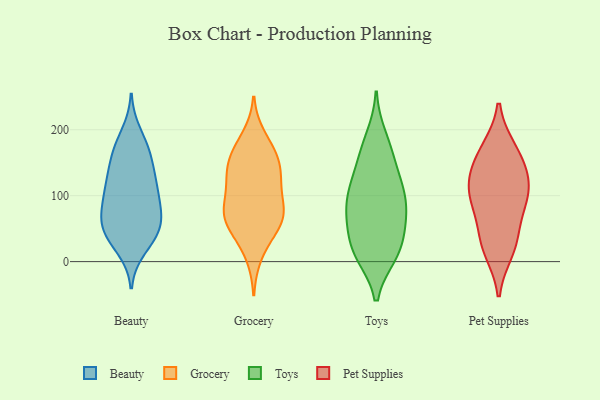
{"axis": {"x": "Tickets Resolved", "y": "Value"}, "legend": ["Beauty", "Grocery", "Pet Supplies", "Toys"], "data": [{"x": "", "y": 38, "type": "Beauty"}, {"x": "", "y": 84, "type": "Beauty"}, {"x": "", "y": 145, "type": "Beauty"}, {"x": "", "y": 68, "type": "Beauty"}, {"x": "", "y": 106, "type": "Beauty"}, {"x": "", "y": 61, "type": "Beauty"}, {"x": "", "y": 37, "type": "Beauty"}, {"x": "", "y": 126, "type": "Beauty"}, {"x": "", "y": 167, "type": "Beauty"}, {"x": "", "y": 20, "type": "Beauty"}, {"x": "", "y": 172, "type": "Beauty"}, {"x": "", "y": 166, "type": "Beauty"}, {"x": "", "y": 59, "type": "Beauty"}, {"x": "", "y": 39, "type": "Beauty"}, {"x": "", "y": 126, "type": "Beauty"}, {"x": "", "y": 54, "type": "Beauty"}, {"x": "", "y": 116, "type": "Beauty"}, {"x": "", "y": 194, "type": "Beauty"}, {"x": "", "y": 82, "type": "Beauty"}, {"x": "", "y": 101, "type": "Beauty"}, {"x": "", "y": 65, "type": "Grocery"}, {"x": "", "y": 73, "type": "Grocery"}, {"x": "", "y": 189, "type": "Grocery"}, {"x": "", "y": 129, "type": "Grocery"}, {"x": "", "y": 10, "type": "Grocery"}, {"x": "", "y": 85, "type": "Grocery"}, {"x": "", "y": 150, "type": "Grocery"}, {"x": "", "y": 123, "type": "Grocery"}, {"x": "", "y": 127, "type": "Grocery"}, {"x": "", "y": 168, "type": "Grocery"}, {"x": "", "y": 41, "type": "Grocery"}, {"x": "", "y": 96, "type": "Grocery"}, {"x": "", "y": 167, "type": "Grocery"}, {"x": "", "y": 64, "type": "Grocery"}, {"x": "", "y": 57, "type": "Grocery"}, {"x": "", "y": 71, "type": "Grocery"}, {"x": "", "y": 144, "type": "Grocery"}, {"x": "", "y": 14, "type": "Toys"}, {"x": "", "y": 166, "type": "Toys"}, {"x": "", "y": 57, "type": "Toys"}, {"x": "", "y": 121, "type": "Toys"}, {"x": "", "y": 94, "type": "Toys"}, {"x": "", "y": 10, "type": "Toys"}, {"x": "", "y": 163, "type": "Toys"}, {"x": "", "y": 15, "type": "Toys"}, {"x": "", "y": 80, "type": "Toys"}, {"x": "", "y": 38, "type": "Toys"}, {"x": "", "y": 11, "type": "Toys"}, {"x": "", "y": 130, "type": "Toys"}, {"x": "", "y": 60, "type": "Toys"}, {"x": "", "y": 76, "type": "Toys"}, {"x": "", "y": 95, "type": "Toys"}, {"x": "", "y": 112, "type": "Toys"}, {"x": "", "y": 189, "type": "Toys"}, {"x": "", "y": 88, "type": "Pet Supplies"}, {"x": "", "y": 113, "type": "Pet Supplies"}, {"x": "", "y": 91, "type": "Pet Supplies"}, {"x": "", "y": 170, "type": "Pet Supplies"}, {"x": "", "y": 27, "type": "Pet Supplies"}, {"x": "", "y": 100, "type": "Pet Supplies"}, {"x": "", "y": 134, "type": "Pet Supplies"}, {"x": "", "y": 167, "type": "Pet Supplies"}, {"x": "", "y": 137, "type": "Pet Supplies"}, {"x": "", "y": 40, "type": "Pet Supplies"}, {"x": "", "y": 17, "type": "Pet Supplies"}]}